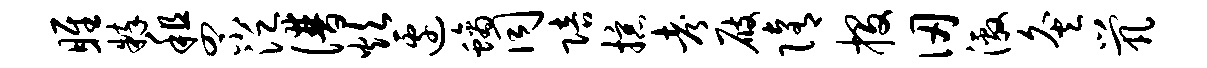
雎粹租罘泛谱炊边螭同陪掠考屐隋投仞激灸茕